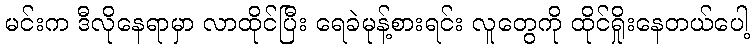
မင်းက ဒီလိုနေရာမှာ လာထိုင်ပြီး ရေခဲမုန့်စားရင်း လူတွေကို ထိုင်ရှိုးနေတယ်ပေါ့